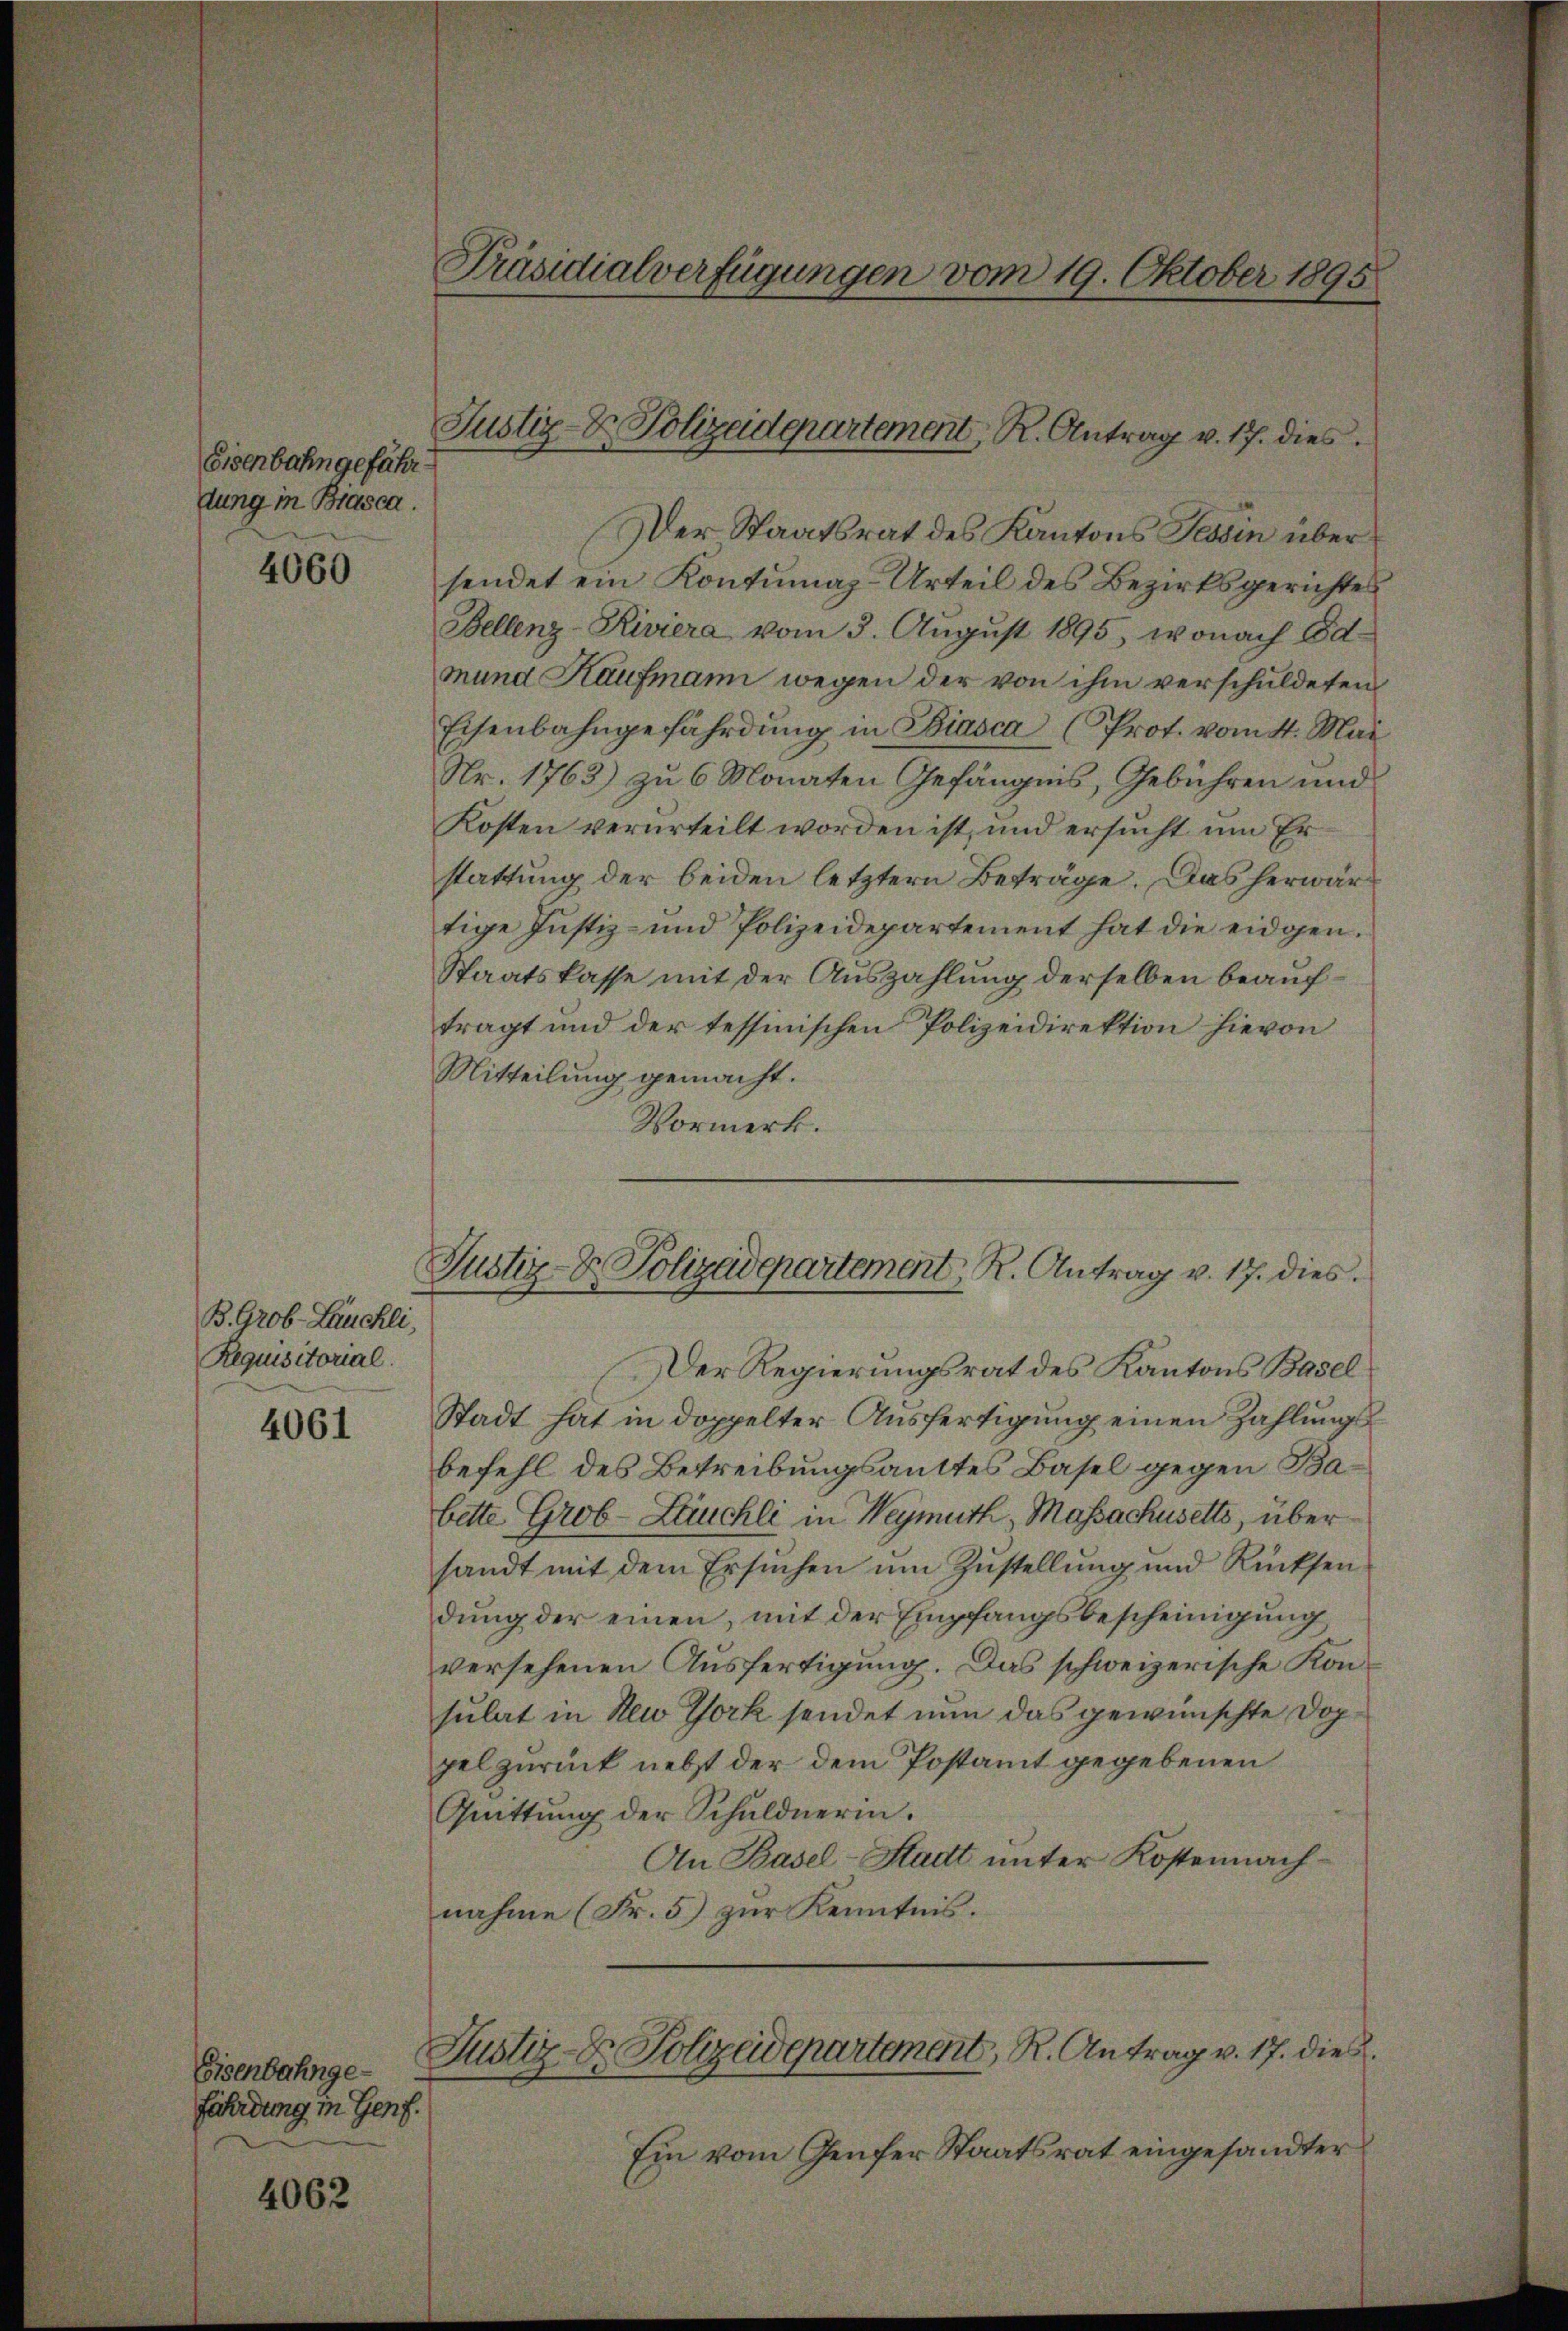
Eisenbahn gefährdung in Biasca.

4060

B. Grob-Läuchli,
Requisitorial.

4061

Eisenbahngefährdung in Genf.

4062

Präsidialverfügungen vom 19. Oktober 1895

Der Staatsrat des Kantons Tessin über
sendet ein Kontumaz-Urteil des Bezirksgerichtes
Bellenz-Riviera vom 3. August 1895, wonach Ed-
mund Haufmann wegen der von ihm verschuldeten
Eisenbahngefährdung in Biasca (Prot. vom 4. Mai
Nr. 1763) zu 6 Monaten Gefängnis, Gebühren und
Kosten verurteilt worden ist, und ersucht um Erstattung der beiden letztern Beträge. Das herwärtige Justiz- und Polizeidepartement hat die eidgen.
Staatskasse mit der Auszahlung derselben beauftragt und der tessinischen Polizeidirektion hievon
Mitteilung gemacht.
Vormerk.

Justiz- & Polizeidepartement, R. Antrag v. 17. dies

Der Regierungsrat des Kantons Basel
Stadt hat in doppelter Ausfertigung einen Zahlungs
befehl des Betreibungsanttes Basel gegen Babette Grob-Leuchli in Weymuth, Massachusetts, über
sandt mit dem Ersuchen ŭm Zŭstellung und Rücksen
dung der einen, mit der Empfangsbescheinigung
versehenen Ausfertigung. Das schweizerische Konsulat in New York sendet nun das gewünschte Doppel zurück nebst der dem Postamt gegebenen
Quittung der Schuldnerin.
An Basel-Stadt unter Kostennachnahme (Fr. 5) zur Kenntnis.
Justiz- & Polizeidepartement, R. Antrag v. 17. dies
Ein vom Genfer Staatsrat eingesandter

Justiz- & Polizadepartement, R. Antrag v. 17. dies